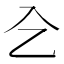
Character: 㐈